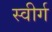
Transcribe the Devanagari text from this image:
स्वीर्ग